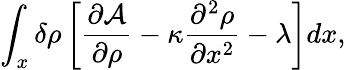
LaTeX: \int_{x}\delta\rho\left[\frac{\partial\mathcal{A}}{\partial\rho}-\kappa\frac{\partial^{2}\rho}{\partial x^{2}}-\lambda\right]dx,